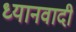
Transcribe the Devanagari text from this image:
ध्यानवादी